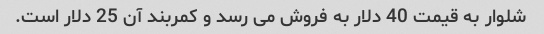
شلوار به قیمت 40 دلار به فروش می رسد و کمربند آن 25 دلار است.